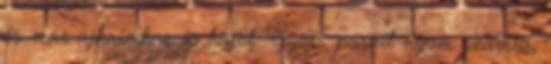
és már ajkaimhoz is hajol. Gyors puszit nyom számra,